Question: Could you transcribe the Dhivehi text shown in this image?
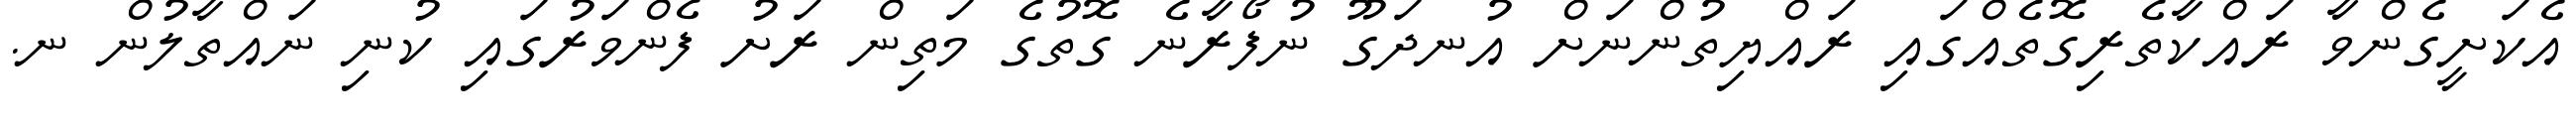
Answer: އެކަށީގެންވާ ރައްކާތެރިގޮތެއްގައި ރައްޔިތުންނަށް އުނދަގޫ ނުފޯރާނެ ގޮތުގެ މަތިން ރަށު ފެންވަރުގައި ކުނި ނައްތާލުން ނ.